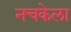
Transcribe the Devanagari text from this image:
नचकेला